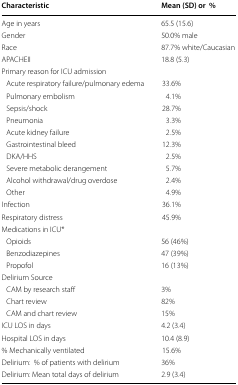
| Characteristic | Mean (SD) or% |
 | --- | --- |
 | Age in years | 65.5 (15.6) |
 | Gender | 50.0% male |
 | Race | 87.7% white/Caucasian |
 | APACHEII | 18.8 (5.3) |
 | <COLSPAN=2> Primary reason for ICU admission |
 | Acute respiratory failure/pulmonary edema | 33.6% |
 | Pulmonary embolism | 4.1% |
 | Sepsis/shock | 28.7% |
 | Pneumonia | 3.3% |
 | Acute kidney failure | 2.5% |
 | Gastrointestinal bleed | 12.3% |
 | DKA/HHS | 2.5% |
 | Severe metabolic derangement | 5.7% |
 | Alcohol withdrawal/drug overdose | 2.4% |
 | Other | 4.9% |
 | Infection | 36.1% |
 | Respiratory distress | 45.9% |
 | Medications in ICU* |  |
 | Opioids | 56 (46%) |
 | Benzodiazepines | 47 (39%) |
 | Propofol | 16 (13%) |
 | Delirium Source |  |
 | CAM by research staff | 3% |
 | Chart review | 82% |
 | CAM and chart review | 15% |
 | ICU LOS in days | 4.2 (3.4) |
 | Hospital LOS in days | 10.4 (8.9) |
 | % Mechanically ventilated | 15.6% |
 | Delirium:% of patients with delirium | 36% |
 | Delirium: Mean total days of delirium | 2.9 (3.4) |